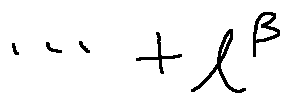
\cdots + l ^ { \beta }